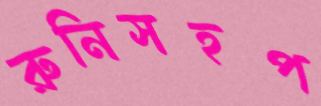
রুনিসহপ